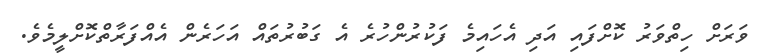
ވަރަށް ހިތްވަރު ކޮށްފައި އަދި އެހައިމެ ފަކުރުންހުރެ އެ ގަބުރުތައް އަހަރެން އެއްފަރާތްކޮށްލީމެވެ.